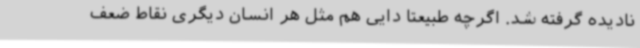
نادیده گرفته شد. اگرچه طبیعتا دایی هم مثل هر انسان دیگری نقاط ضعف